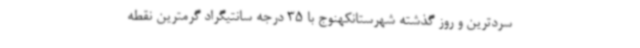
سردترین و روز گذشته شهرستانکهنوج با 35 درجه سانتیگراد گرمترین نقطه